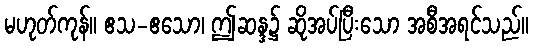
မဟုတ်ကုန်။ ဧသ-ဧသော၊ ဤဆန္ဒ၌ ဆိုအပ်ပြီးသော အစီအရင်သည်။